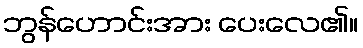
ဘွန်ဟောင်းအား ပေးလေ၏။